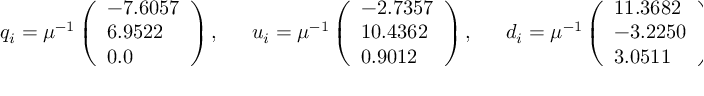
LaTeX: q _ { i } = \mu ^ { - 1 } \left( \begin{array} { l } { { - 7 . 6 0 5 7 } } \\ { { 6 . 9 5 2 2 } } \\ { { 0 . 0 } } \end{array} \right) , \ \ \ \ \ \ \ u _ { i } = \mu ^ { - 1 } \left( \begin{array} { l } { { - 2 . 7 3 5 7 } } \\ { { 1 0 . 4 3 6 2 } } \\ { { 0 . 9 0 1 2 } } \end{array} \right) , \ \ \ \ \ \ \ d _ { i } = \mu ^ { - 1 } \left( \begin{array} { l } { { 1 1 . 3 6 8 2 } } \\ { { - 3 . 2 2 5 0 } } \\ { { 3 . 0 5 1 1 } } \end{array} \right)